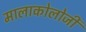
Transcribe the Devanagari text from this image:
मालाकोलोजी